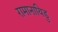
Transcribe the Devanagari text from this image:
रामानायिडु